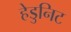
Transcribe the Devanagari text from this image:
हेडुनिट